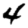
Digit: 4